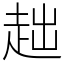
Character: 趉